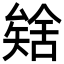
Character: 𮀈